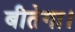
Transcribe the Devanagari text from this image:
बीतेगा।